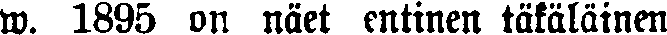
w. 1895 on näet entinen täkäläinen